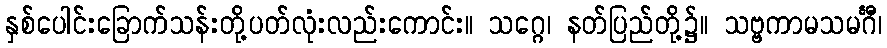
နှစ်ပေါင်းခြောက်သန်းတို့ပတ်လုံးလည်းကောင်း။ သဂ္ဂေ၊ နတ်ပြည်တို့၌။ သဗ္ဗကာမသမင်္ဂီ၊